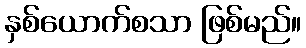
နှစ်ယောက်စသာ ဖြစ်မည်။